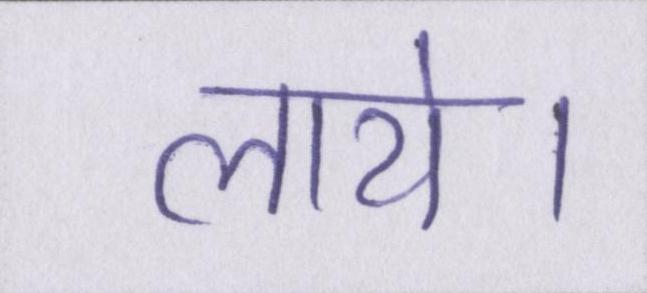
लाये।